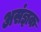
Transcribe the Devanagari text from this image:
असंज्ञक